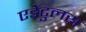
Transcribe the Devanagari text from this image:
एडेंटुलस